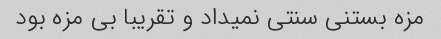
مزه بستنی سنتی نمیداد و تقریبا بی مزه بود